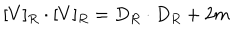
[ V ] _ { R } \cdot [ V ] _ { R } = D _ { R } \cdot D _ { R } + 2 m